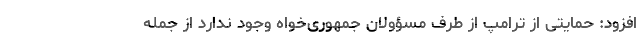
افزود: حمایتی از ترامپ از طرف مسؤولان جمهوری‌خواه وجود ندارد از جمله